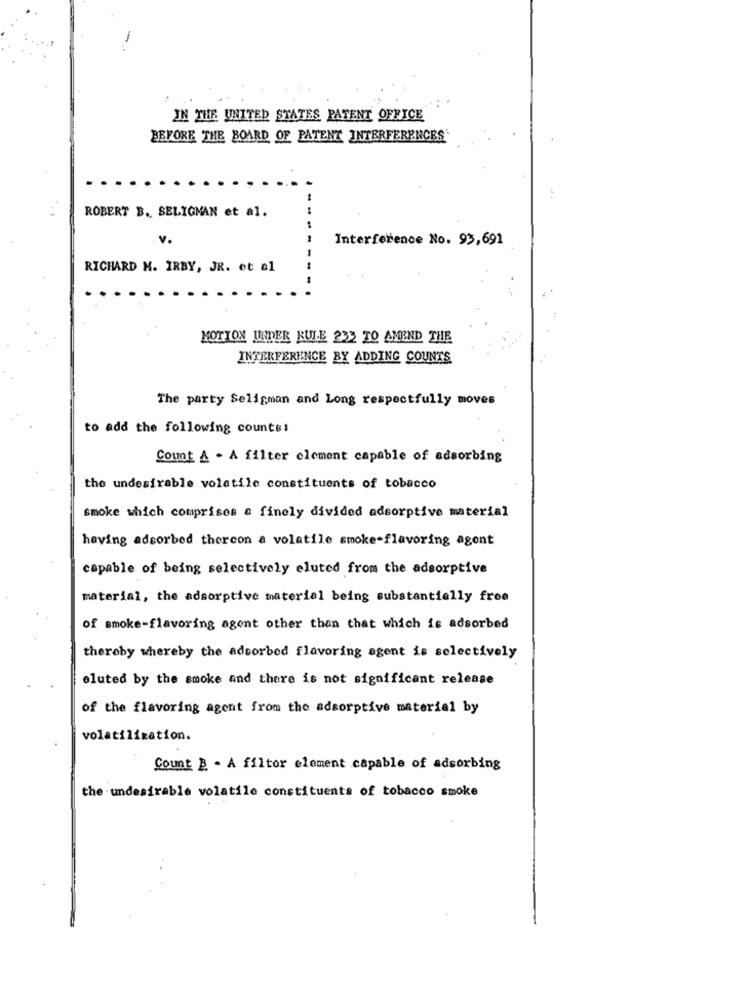
-
IN THE UNITED STATES PATENT OFFICE
BEFORE THE BOARD OF PATENT INTERFERENCES
ROBERT B ., SELIGMAN et al.
Interference No. 93,691
RICHARD M. IRBY, JR. et al
MOTTON UNDER KULE 232 TO AMEND THE
INTERFERENCE BY ADDING COUNTS
The party Seligman and Long respectfully moves
to add the following counts:
Count A . A filter clement capable of adsorbing
the undesirable volatile constituents of tobacco
smoke which comprises a finely divided adsorptive material
having adsorbed thercon a volatile smoke-flavoring agent
capable of being selectively eluted from the adsorptive
material, the adsorptive material being substantially free
of smoke-flavoring agent other than that which is adsorbed
thereby whereby the adsorbed flavoring agent is selectively
eluted by the smoke and there is not significant release
of the flavoring agent from the adsorptive material by
volatilization.
Count B . A filter element capable of adsorbing
the undesirable volatile constituents of tobacco smoke